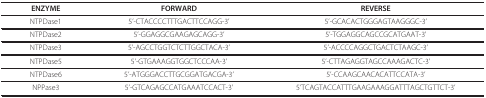
<table><thead><tr><td><b>ENZYME</b></td><td><b>FORWARD</b></td><td><b>REVERSE</b></td></tr></thead><tbody><tr><td>NTPDase1</td><td>5'-CTACCCCTTTGACTTCCAGG-3'</td><td>5'-GCACACTGGGAGTAAGGGC-3'</td></tr><tr><td>NTPDase2</td><td>5'-GGAGGCGAAGAGCAGG-3'</td><td>5'-TGGAGGCAGCCGCATGAAT-3'</td></tr><tr><td>NTPDase3</td><td>5'-AGCCTGGTCTCTTGGCTACA-3'</td><td>5'-ACCCCAGGCTGACTCTAAGC-3'</td></tr><tr><td>NTPDase5</td><td>5'-GTGAAAGGTGGCTCCCAA-3'</td><td>5'-CTTAGAGGTAGCCAAAGACTC-3'</td></tr><tr><td>NTPDase6</td><td>5'-ATGGGACCTTGCGGATGACGA-3'</td><td>5'-CCAAGCAACACATTCCATA-3'</td></tr><tr><td>NPPase3</td><td>5'-GTCAGAGCCATGAAATCCACT-3'</td><td>5'TCAGTACCATTTGAAGAAAGGATTTAGCTGTTCT-3'</td></tr></tbody></table>